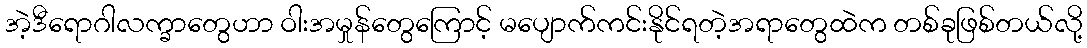
အဲ့ဒီရောဂါလက္ခာတွေဟာ ဝါးအမှုန်တွေကြောင့် မပျောက်ကင်းနိုင်ရတဲ့အရာတွေထဲက တစ်ခုဖြစ်တယ်လို့